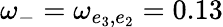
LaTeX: \omega_{-}=\omega_{e_{3},e_{2}}=0.13